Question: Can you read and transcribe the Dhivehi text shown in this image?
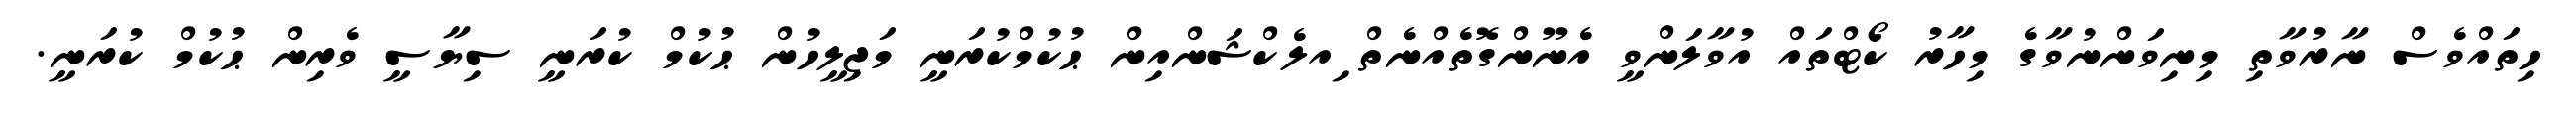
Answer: ހިތައްވެސް ނާރުވާތި މިނިވަންނުވާގެ މިހާރު ކޯޓްތައް އުވާލަންވީ އެނޫންގޮތެއްނެތް ިއލެކްޝަންއިން ޙުކުމްކުރަނީ މަޖިލީހުން ޙުކުމް ކުރަނީ ސިޔާސީ ވެރިން ޙުކުމް ކުރަނީ.